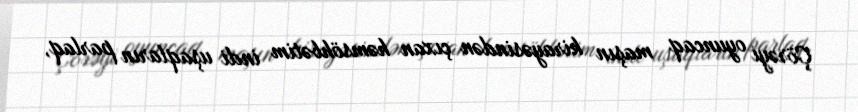
Çörəyi oyuncaq maşın kirayəsindən çıxan həmsöhbətim indi uşaqların parlaq,